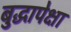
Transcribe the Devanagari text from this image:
बुद्धापेक्षा